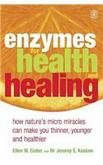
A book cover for Enzymes for Health and Healing; Ellen W Cutler        ; Parenting & Relationships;